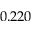
0 . 2 2 0